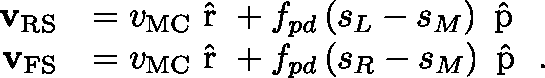
\begin{array} { r l } { { \mathbf { v } } _ { \mathrm { R S } } } & { = v _ { \mathrm { M C } } { \mathrm { \boldmath ~ \hat { r } ~ \unboldmath } } + f _ { p d } \, ( s _ { L } - s _ { M } ) \, { \mathrm { \boldmath ~ \hat { p } ~ \unboldmath } } } \\ { { \mathbf { v } } _ { \mathrm { F S } } } & { = v _ { \mathrm { M C } } { \mathrm { \boldmath ~ \hat { r } ~ \unboldmath } } + f _ { p d } \, ( s _ { R } - s _ { M } ) \, { \mathrm { \boldmath ~ \hat { p } ~ \unboldmath } } \ . } \end{array}